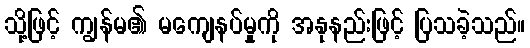
သို့ဖြင့် ကျွန်မ၏ မကျေနပ်မှုကို အနုနည်းဖြင့် ပြသခဲ့သည်။